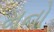
મનો